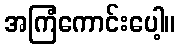
အကြံကောင်းပေါ့။